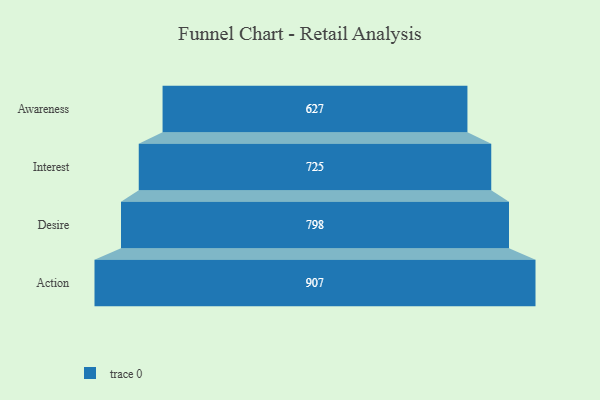
{"axis": {"x": "Stage", "y": "Value"}, "legend": [""], "data": [{"x": "Awareness", "y": 627.0, "type": ""}, {"x": "Interest", "y": 725.0, "type": ""}, {"x": "Desire", "y": 798.0, "type": ""}, {"x": "Action", "y": 907.0, "type": ""}]}